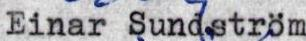
Einar Sundström